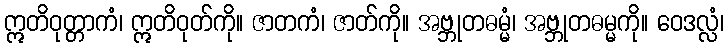
ဣတိဝုတ္တာကံ၊ ဣတိဝုတ်ကို။ ဇာတကံ၊ ဇာတ်ကို။ အဗ္ဘုတဓမ္မံ၊ အဗ္ဘုတဓမ္မကို။ ဝေဒလ္လံ၊